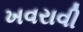
ખવરાવી